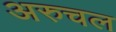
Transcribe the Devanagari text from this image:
अरुचल